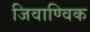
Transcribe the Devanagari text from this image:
जिवाण्विक